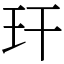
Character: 玕